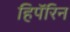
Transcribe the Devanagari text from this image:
हिपॅरिन